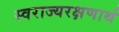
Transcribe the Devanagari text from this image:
स्वराज्यरक्षणार्थ